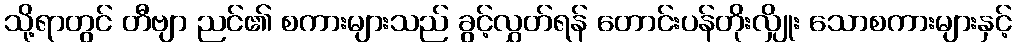
သို့ရာတွင် တီဗျာ ညင်၏ စကားများသည် ခွင့်လွှတ်ရန် တောင်းပန်တိုးလျှိုး သောစကားများနှင့်